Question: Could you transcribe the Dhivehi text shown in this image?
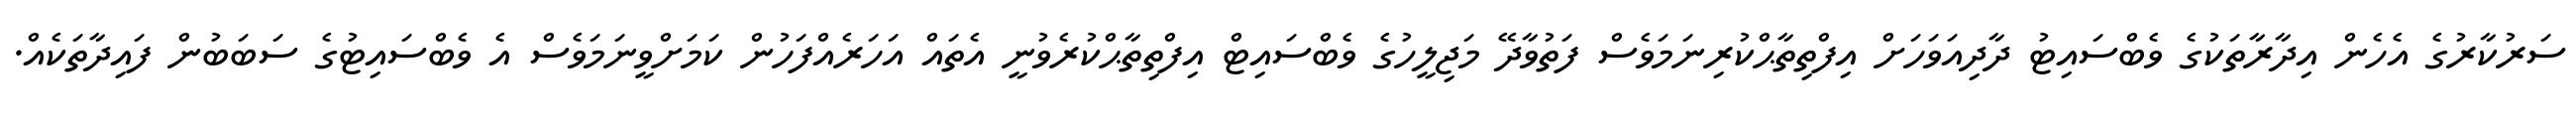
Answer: ސަރުކާރުގެ އެހެން އިދާރާތަކުގެ ވެބްސައިޓު ދާދިއަވަހަށް އިފްތިތާޙްކުރިނަމަވެސް ފަތުވާދޭ މަޖިލީހުގެ ވެބްސައިޓް އިފްތިތާޙްކުރެވުނީ އެތައް އަހަރެއްފަހުން ކަމަށްވީނަމަވެސް އެ ވެބްސައިޓުގެ ސަބަބުން ފައިދާތަކެއް.